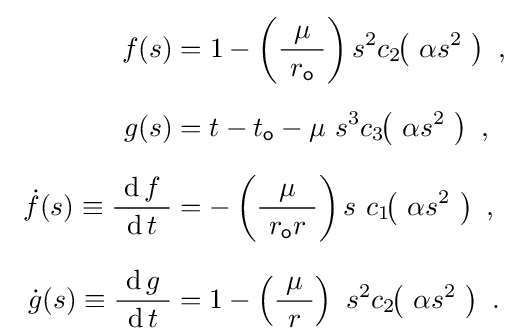
{\begin{aligned}\ f(s)&=1-\left({\frac {\ \mu \ }{~r_{\mathsf {o}}\ }}\right)s^{2}c_{2}\!\!\left(\ \alpha s^{2}\ \right)\ ,\\[1.5ex]\ g(s)&=t-t_{\mathsf {o}}-\mu \ s^{3}c_{3}\!\!\left(\ \alpha s^{2}\ \right)\ ,\\[1.5ex]\ {\dot {f}}(s)\equiv {\frac {\ \operatorname {d} f\ }{\ \operatorname {d} t\ }}&=-\left({\frac {\ \mu \ }{\ r_{\mathsf {o}}r\ }}\right)s\ c_{1}\!\!\left(\ \alpha s^{2}\ \right)\ ,\\[1.5ex]\ {\dot {g}}(s)\equiv {\frac {\ \operatorname {d} g\ }{\ \operatorname {d} t\ }}&=1-\left({\frac {\ \mu \ }{r}}\right)\ s^{2}c_{2}\!\!\left(\ \alpha s^{2}\ \right)~.\\[-1ex]\end{aligned}}